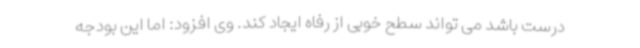
درست باشد می تواند سطح خوبی از رفاه ایجاد کند. وی افزود: اما این بودجه